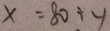
x = 8 0 \div 4